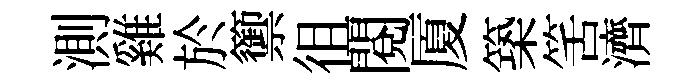
測雞於籞徂閲厦築筈濟